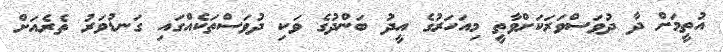
އުތީމަށް ދާ ދުވަސްވަރަކަށްވާތީ މިއަހަރުގެ އީދު ބަންދުގެ ވަކި ދުވަސްތަކެއްގައި ގަނޑުވަރު ތެރެއަށް